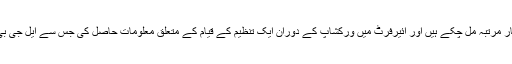
ایل جی بی ٹی آئی پناہ گزینوں کے سر گرم کارکنان دسمبر 2017 سے اب تک چار مرتبہ مل چکے ہیں اور ائیرفرٹ میں ورکشاپ کے دوران ایک تنظیم کے قیام کے متعلق معلومات حاصل کی جس سے ایل جی بی ٹی آئی پناہ گزینوں کے حقوق کے لئے جرمنی خود مختار آواز بلند کی جا سکے۔